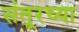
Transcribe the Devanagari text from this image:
संतूरच्या